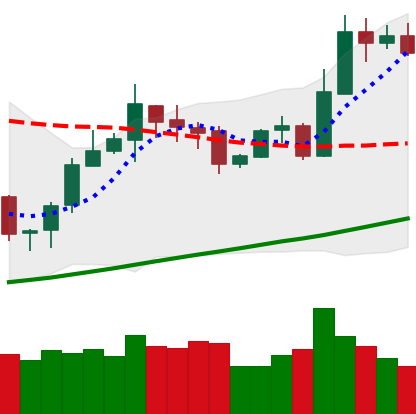
Ticker: ETH-USD
Chart end date: 2020-10-25
Forward return: -5.76%
Label: down_5_7